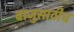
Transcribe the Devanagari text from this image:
बाजुसाठीच